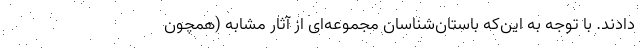
دادند. با توجه به این‌که باستان‌شناسان مجموعه‌ای از آثار مشابه (همچون